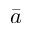
\bar { a }